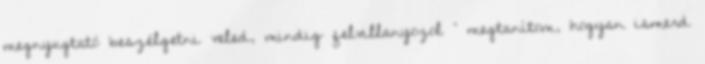
megnyugtató beszélgetni veled, mindig felvillanyozol “ megtanítom, hogyan ismerd